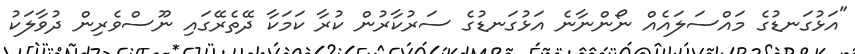
"އަޅުގަނޑުގެ މައްސަލައެއް ނޯންނާނެ އަޅުގަނޑުގެ ސަރުކާރުން ކުރާ ކަމަކާ ދޭތެރޭގައި ނޫސްވެެރިން ދުވާލަކު